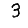
Digit: 3